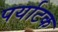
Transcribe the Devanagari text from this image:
पर्याटक